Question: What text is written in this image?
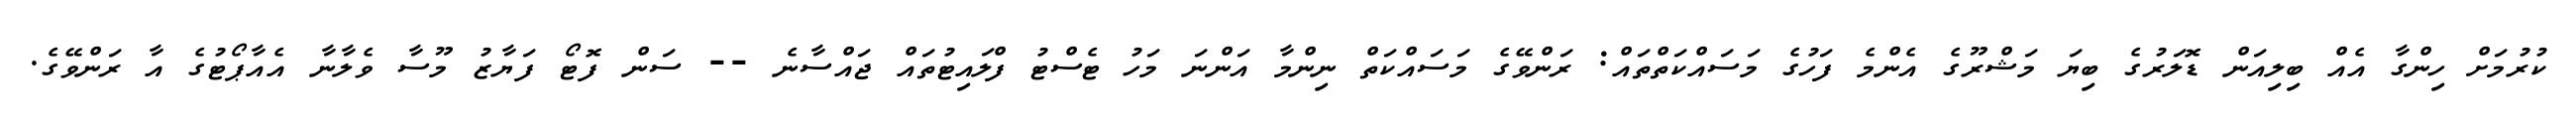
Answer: ކުރުމަށް ހިންގާ އެއް ބިލިއަން ޑޮލަރުގެ ބިޔަ މަޝްރޫގެ އެންމެ ފަހުގެ މަސައްކަތްތައް: ރަންވޭގެ މަސައްކަތް ނިންމާ އަންނަ މަހު ޓެސްޓު ފްލައިޓުތައް ޖައްސާނެ -- ސަން ފޮޓޯ ފަޔާޒު މޫސާ ވެލާނާ އެއާޕޯޓުގެ އާ ރަންވޭގެ.